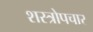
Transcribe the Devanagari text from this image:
शस्त्रोपचार